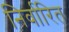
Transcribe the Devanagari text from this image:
निर्वारित